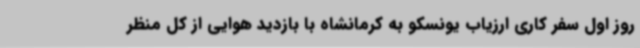
روز اول سفر کاری ارزیاب یونسکو به کرمانشاه با بازدید هوایی از کل منظر